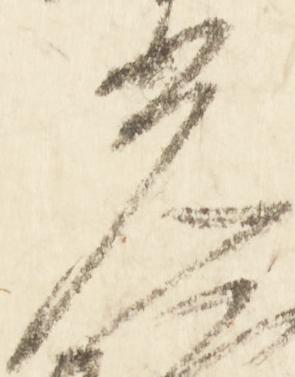
光